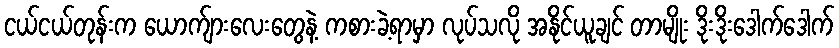
ငယ်ငယ်တုန်းက ယောက်ျားလေးတွေနဲ့ ကစားခဲ့ရာမှာ လုပ်သလို အနိုင်ယူချင် တာမျိုး ဒိုးဒိုးဒေါက်ဒေါက်